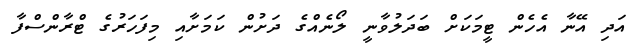
އަދި އޭނާ އެހެން ޓީމަކަށް ބަދަލުވާނީ ލޯނެއްގެ ދަށުން ކަމަށާއި މިފަހަރުގެ ޓްރާންސްފާ